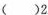
.( )2.